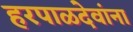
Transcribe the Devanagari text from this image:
हरपाळदेवांना